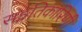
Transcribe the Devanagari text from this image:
सङ्गतिकारिणी